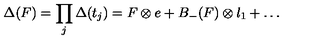
\Delta ( F ) = \prod _ { j } \Delta ( t _ { j } ) = F \otimes e + B _ { - } ( F ) \otimes l _ { 1 } + \ldots